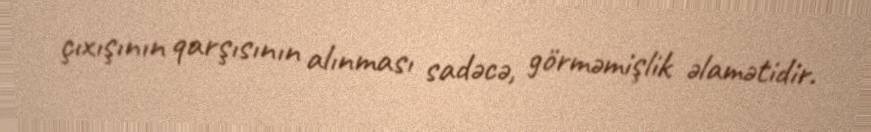
çıxışının qarşısının alınması sadəcə, görməmişlik əlamətidir.